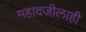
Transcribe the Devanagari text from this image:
महादजीलाही